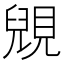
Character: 𧡎